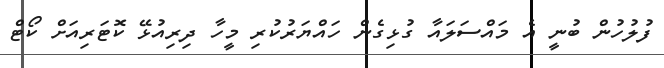
ފުލުހުން ބުނީ އެ މައްސަލައާ ގުޅިގެން ހައްޔަރުކުރި މީހާ ދިރިއުޅޭ ކޮޓަރިއަށް ކޯޓް